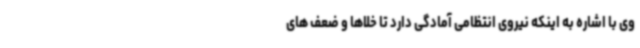
وی با اشاره به اینکه نیروی انتظامی آمادگی دارد تا خلاها و ضعف های